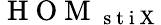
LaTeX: \mathrm{~H~O~M~}_{\mathrm{~s~t~i~X~}}